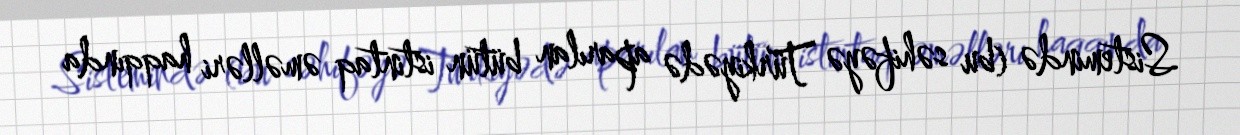
Sistemində (bu səhifəyə Türkiyədə aparılan bütün istintaq əməlləri haqqında